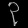
Digit: ၃